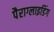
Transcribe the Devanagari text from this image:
पैराग्‍लाइडिंग